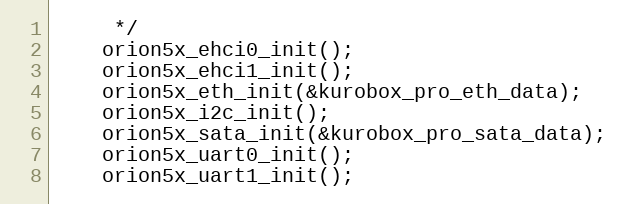
Language: C
	 */
	orion5x_ehci0_init();
	orion5x_ehci1_init();
	orion5x_eth_init(&kurobox_pro_eth_data);
	orion5x_i2c_init();
	orion5x_sata_init(&kurobox_pro_sata_data);
	orion5x_uart0_init();
	orion5x_uart1_init();